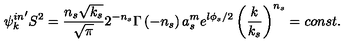
{ { \psi } _ { k } ^ { i n } } ^ { \prime } S ^ { 2 } = \frac { n _ { s } \sqrt { k _ { s } } } { \sqrt { \pi } } 2 ^ { - n _ { s } } \Gamma \left( - n _ { s } \right) a _ { s } ^ { m } e ^ { l \phi _ { s } / 2 } \left( \frac k { k _ { s } } \right) ^ { n _ { s } } = c o n s t .